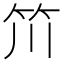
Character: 𥫨